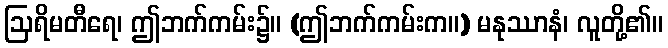
ဩရိမတီရေ၊ ဤဘက်ကမ်း၌။ (ဤဘက်ကမ်းက။) မနုဿာနံ၊ လူတို့၏။